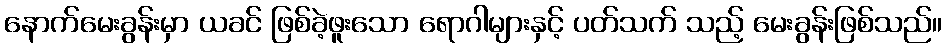
နောက်မေးခွန်းမှာ ယခင် ဖြစ်ခဲ့ဖူးသော ရောဂါများနှင့် ပတ်သက် သည့် မေးခွန်းဖြစ်သည်။